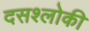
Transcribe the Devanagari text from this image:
दसश्लोकी